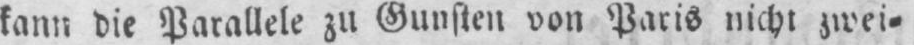
kann die Parallele zu Gunsten von Paris nicht zwei⸗